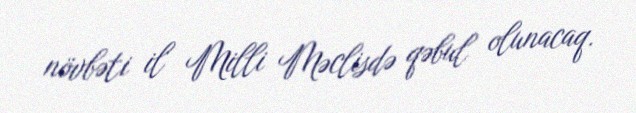
növbəti il Milli Məclisdə qəbul olunacaq.